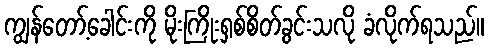
ကျွန်တော့်ခေါင်းကို မိုးကြိုးရှစ်စိတ်ခွင်းသလို ခံလိုက်ရသည်။